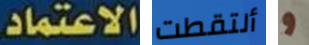
الاعتماد. ألتقطت و